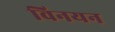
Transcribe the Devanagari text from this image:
विनयन